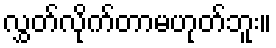
လွှတ်လိုက်တာမဟုတ်ဘူး။